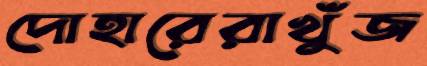
দোহারেরাখুঁজ